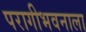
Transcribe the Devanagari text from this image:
परागीभवनाला